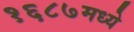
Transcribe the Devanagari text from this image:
१६८७मध्ये